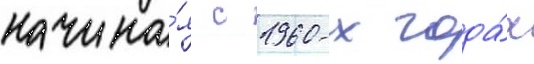
начина́я с 1960-х года́х